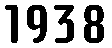
1938